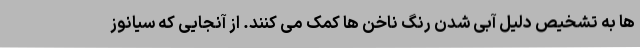
ها به تشخیص دلیل آبی شدن رنگ ناخن ها کمک می کنند. از آنجایی که سیانوز